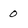
Character: 0